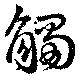
触